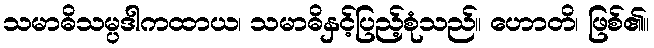
သမာဓိသမ္ပဒါကထာယ၊ သမာဓိနှင့်ပြည့်စုံသည်။ ဟောတိ၊ ဖြစ်၏။